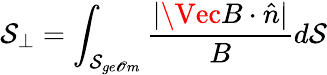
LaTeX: \mathcal{S}_{\perp}=\int_{\mathcal{S}_{ge\mathscr{O}m}}\frac{{|\Vec{B}\cdot\hat{{n}}|}}{{B}}d\mathcal{S}